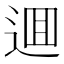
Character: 逥